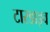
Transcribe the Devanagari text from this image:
टारडाइव